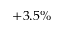
+ 3 . 5 \%